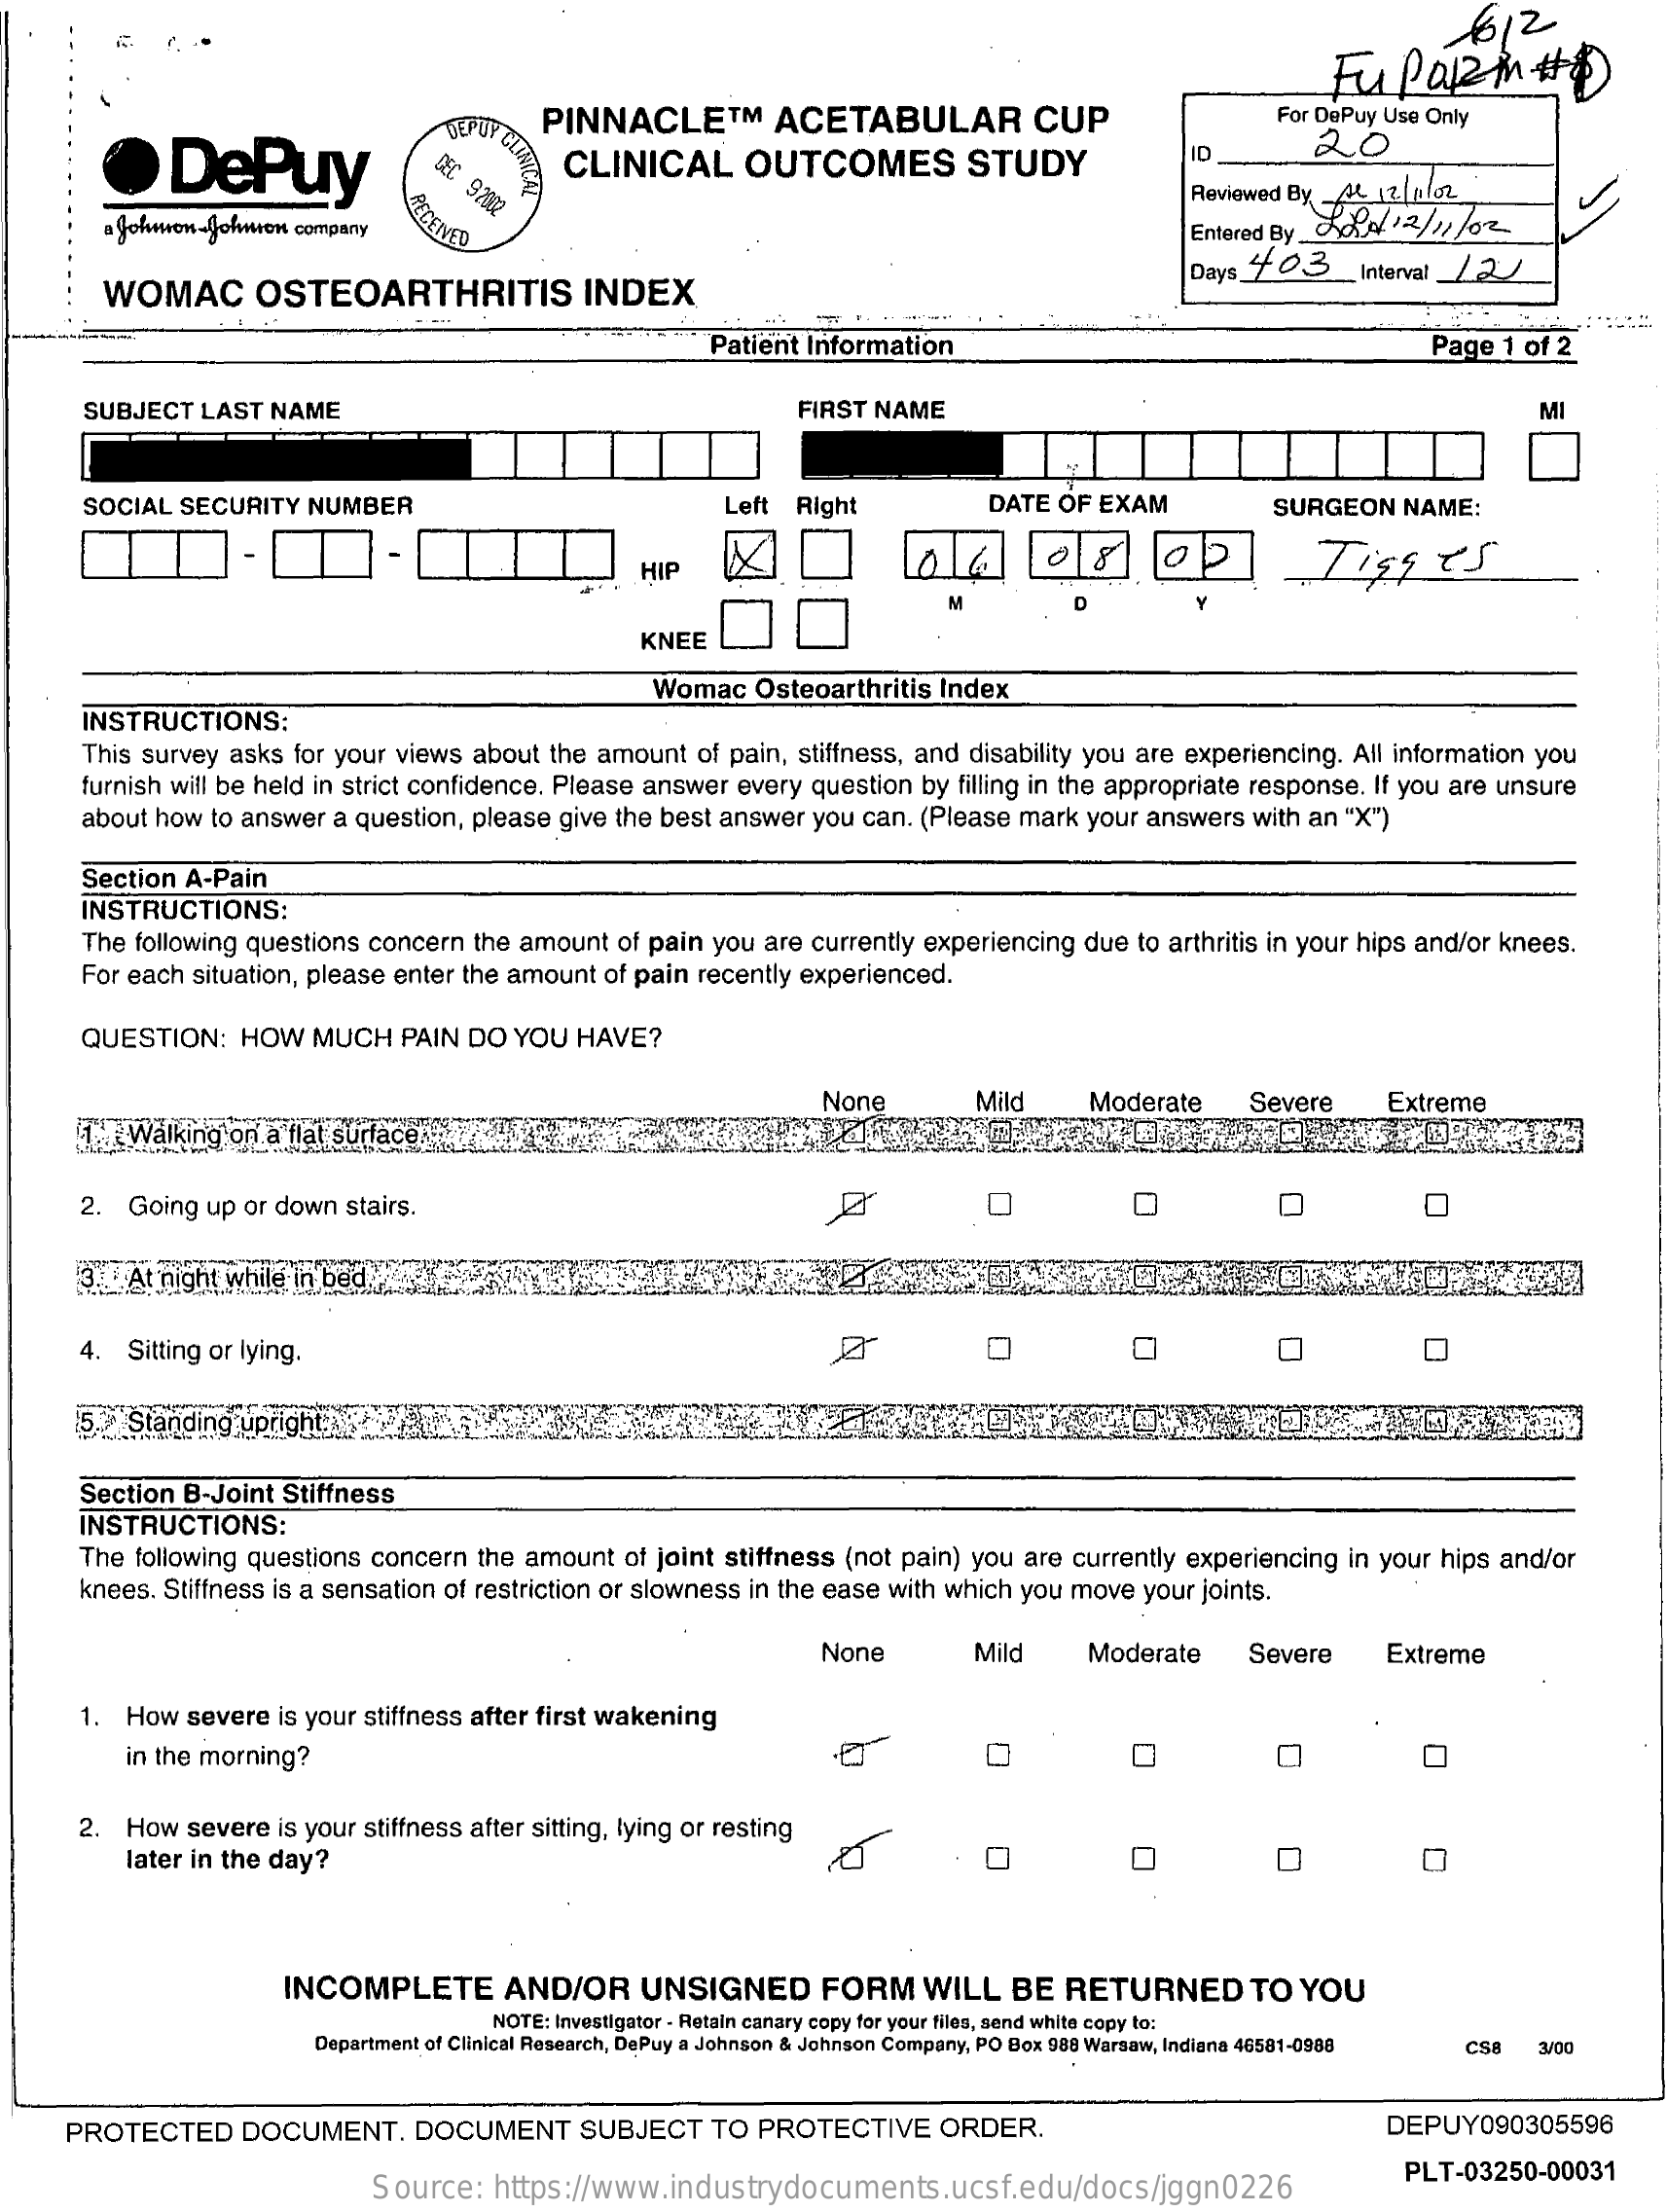
612
     Fu  PaRin#8
     DePuy
     DEPUY CLIN
     PINNACLETM    ACETABULAR    CUP    For DePuy Use Only
     DEC
     92002
     CLINICAL    OUTCOMES    STUDY    ID    20
     AKCENET
     Reviewed By AL 12.11 /02
     a Johwon-Johnson company    Entered By _ Lod/ 12/11/02
     WOMAC    OSTEOARTHRITIS    INDEX
     Days 4 03_Interval _122
     Patient Information    Page 1 of 2
     SUBJECT LAST NAME    FIRST NAME    MI
     SOCIAL SECURITY NUMBER    Left Right    DATE OF EXAM    SURGEON  NAME:
     HIP    0  8    Tigges
     KNEE
     Womac  Osteoarthritis Index
     INSTRUCTIONS:
     This survey asks for your views about the amount of pain, stiffness, and disability you are experiencing. All information you
     furnish will be held in strict confidence. Please answer every question by filling in the appropriate response. If you are unsure
     about how to answer a question, please give the best answer you can. (Please mark your answers with an "X")
     Section A-Pain
     INSTRUCTIONS:
     The following questions concern the amount of pain you are currently experiencing due to arthritis in your hips and/or knees.
     For each situation, please enter the amount of pain recently experienced.
     QUESTION:   HOW  MUCH  PAIN DO  YOU HAVE?
     None    Mild    Moderate    Severe    Extreme
     " .... Walking on a flat surface!"
     2. Going up or down stairs.
     13. At night while in bed .....
     4. Sitting or lying.
     5. Standing upright:
     Section B-Joint Stiffness
     INSTRUCTIONS:
     The following questions concern the amount of joint stiffness (not pain) you are currently experiencing in your hips and/or
     knees. Stiffness is a sensation of restriction or slowness in the ease with which you move your joints.
     None    Mild    Moderate    Severe    Extreme
     1. How  severe is your stiffness after first wakening
     in the morning?
     2. How  severe is your stiffness after sitting, lying or resting
     later in the day?    O    0
     INCOMPLETE    AND/OR    UNSIGNED    FORM   WILL  BE  RETURNED    TO  YOU
     NOTE: Investigator - Retain canary copy for your files, send white copy to:
     Department of Clinical Research, DePuy a Johnson & Johnson Company, PO Box 988 Warsaw, Indiana 46581-0988 CS8 3/00
     PROTECTED    DOCUMENT.   DOCUMENT    SUBJECT   TO PROTECTIVE   ORDER.    DEPUY090305596
     Source:  https://www.industrydocuments.ucsf.edu/docs/jggn0226
     PLT-03250-00031